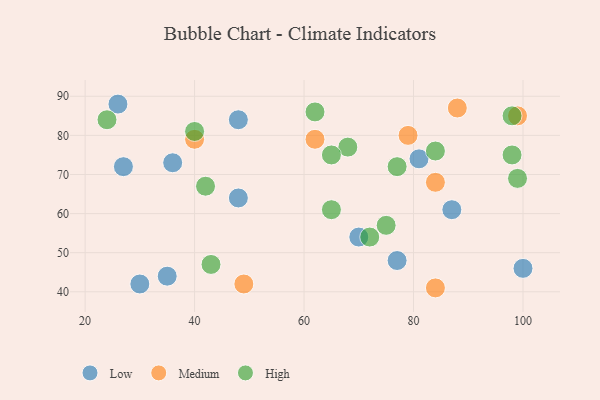
{"axis": {"x": "GDP", "y": "Life Expectancy"}, "legend": ["High", "Low", "Medium"], "data": [{"x": "48", "y": 84, "type": "Low"}, {"x": "35", "y": 44, "type": "Low"}, {"x": "30", "y": 42, "type": "Low"}, {"x": "81", "y": 74, "type": "Low"}, {"x": "70", "y": 54, "type": "Low"}, {"x": "36", "y": 73, "type": "Low"}, {"x": "48", "y": 64, "type": "Low"}, {"x": "27", "y": 72, "type": "Low"}, {"x": "87", "y": 61, "type": "Low"}, {"x": "26", "y": 88, "type": "Low"}, {"x": "77", "y": 48, "type": "Low"}, {"x": "100", "y": 46, "type": "Low"}, {"x": "62", "y": 79, "type": "Medium"}, {"x": "79", "y": 80, "type": "Medium"}, {"x": "99", "y": 85, "type": "Medium"}, {"x": "40", "y": 79, "type": "Medium"}, {"x": "84", "y": 41, "type": "Medium"}, {"x": "49", "y": 42, "type": "Medium"}, {"x": "84", "y": 68, "type": "Medium"}, {"x": "88", "y": 87, "type": "Medium"}, {"x": "72", "y": 54, "type": "High"}, {"x": "75", "y": 57, "type": "High"}, {"x": "42", "y": 67, "type": "High"}, {"x": "68", "y": 77, "type": "High"}, {"x": "43", "y": 47, "type": "High"}, {"x": "40", "y": 81, "type": "High"}, {"x": "65", "y": 61, "type": "High"}, {"x": "65", "y": 75, "type": "High"}, {"x": "98", "y": 75, "type": "High"}, {"x": "24", "y": 84, "type": "High"}, {"x": "99", "y": 69, "type": "High"}, {"x": "62", "y": 86, "type": "High"}, {"x": "84", "y": 76, "type": "High"}, {"x": "98", "y": 85, "type": "High"}, {"x": "77", "y": 72, "type": "High"}]}